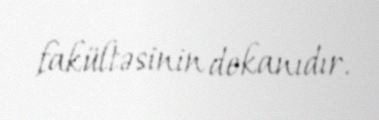
fakültəsinin dekanıdır.